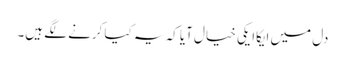
دل میں ایکاایکی خیال آیا کہ یہ کیا کرنے لگے ہیں۔